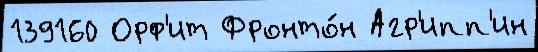
139160 Орф'ит Фронто́н Агр'ипп'ин